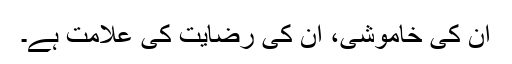
ان کی خاموشی، ان کی رضایت کی علامت ہے۔